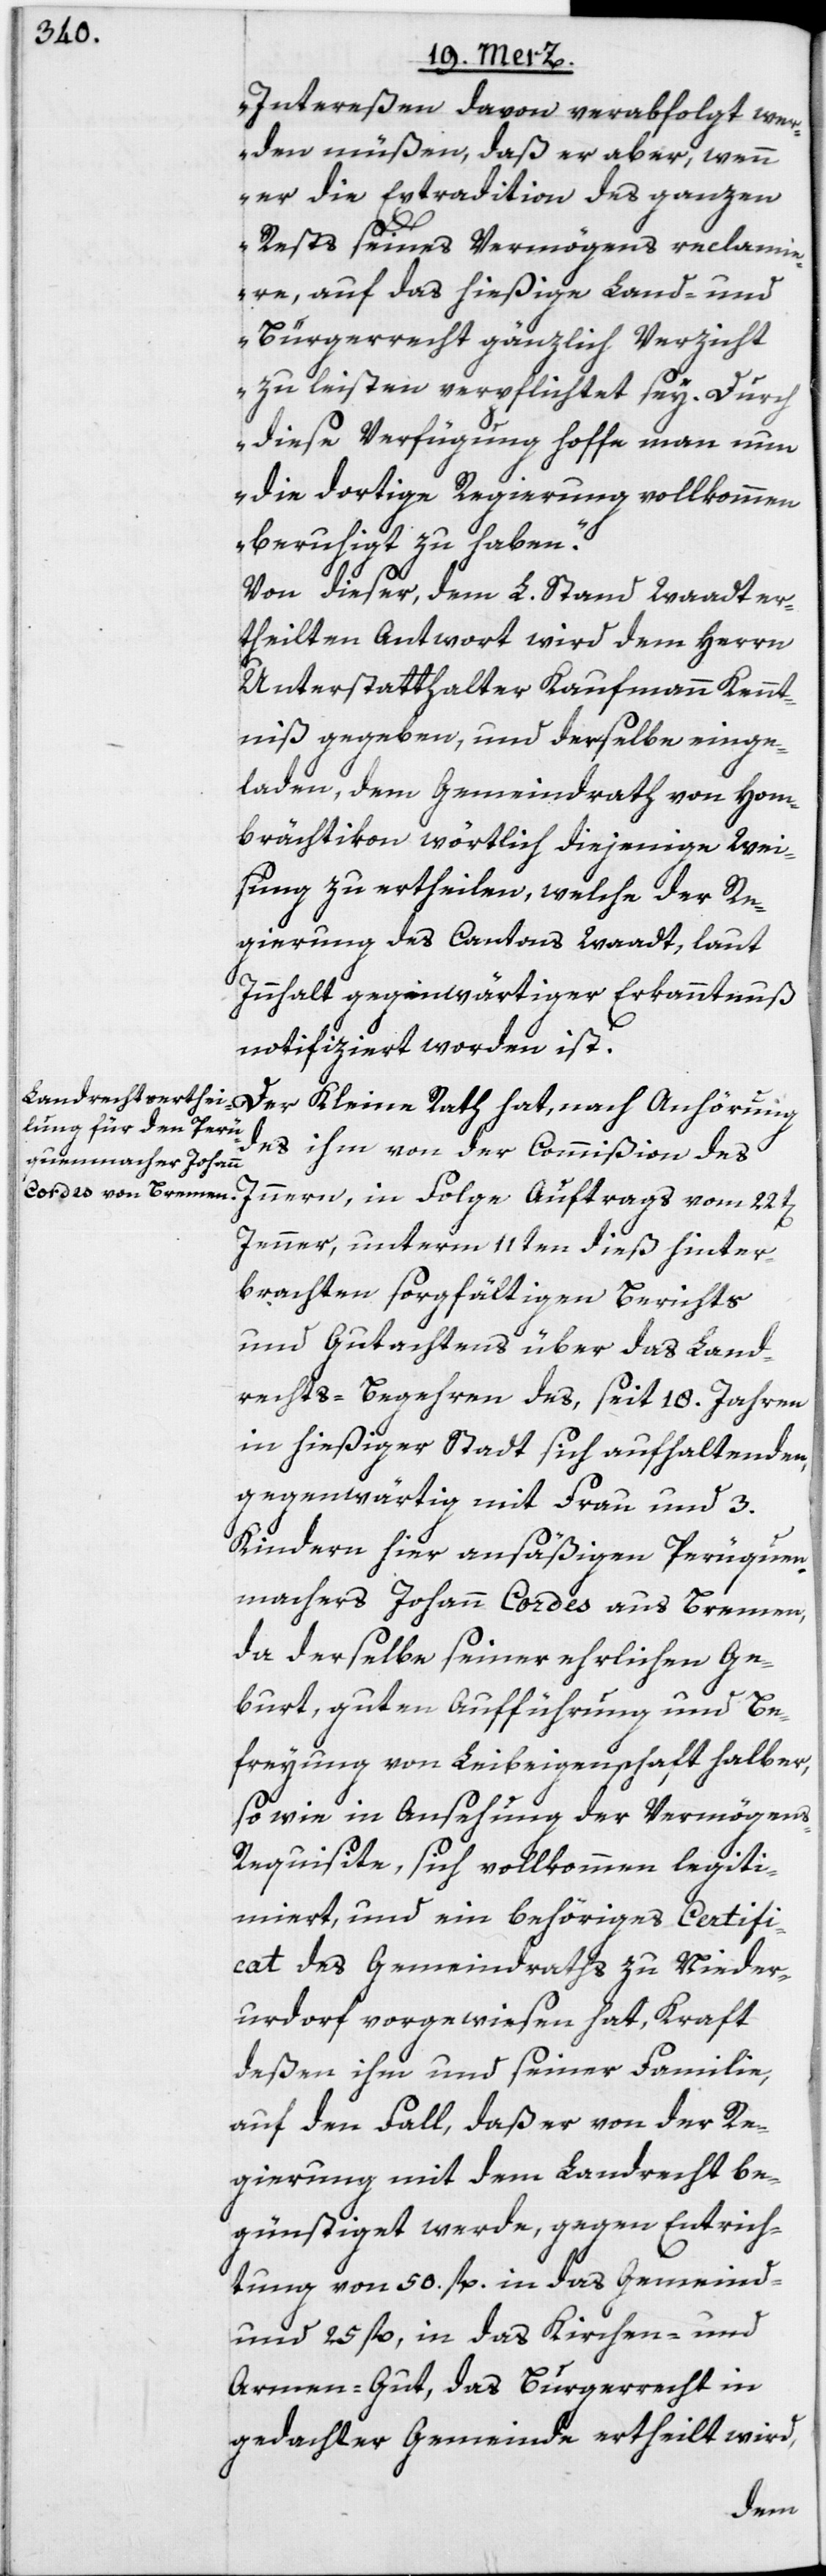
Intereßen davon verabfolgt wer¬
den müßen, daß er aber, wenn
er die Extradition des ganzen
Rests seines Vermögens reclamie¬
re, auf das hießige Land- und
Bürgerrecht gänzlich Verzicht
zu leisten verpflichtet sey. Durch
diese Verfügung hoffe man nun
die dortige Regierung vollkommen
beruhigt zu haben.“
Von dieser, dem L. Stand Waadt er¬
theilten Antwort wird dem Herrn
Unterstatthalter Kaufmann Kennt¬
niß gegeben, und derselbe einge¬
laden, dem Gemeindrath von Hom¬
brächtikon wörtlich diejenige Wei¬
sung zu ertheilen, welche der Re¬
gierung des Cantons Waadt, laut
Innhalt gegenwärtiger Erkanntnuß
notifiziert worden ist.
Der Kleine Rath hat, nach Anhörung
des ihm von der Commißion des
Innern, in Folge Auftrags vom 22t[en]
Jenner, unterm 11ten dieß hinter¬
brachten sorgfältigen Berichts
und Gutachtens über das Land¬
rechts-Begehren des, seit 18. Jahren
in hießiger Stadt sich aufhaltenden,
gegenwärtig mit Frau und 3.
Kindern hier ansäßigen Perüquen¬
machers Johann Cordes aus Bremen,
da derselbe seiner ehrlichen Ge¬
burt, guten Aufführung und Be¬
freyung von Leibeigenschaft halber,
so wie in Ansehung der Vermögen¬
s-Requisite, sich vollkommen legiti¬
miert, und ein behöriges Certifi¬
cat des Gemeindraths zu Nieder¬
urdorf vorgewiesen hat, Kraft
deßen ihm und seiner Familie,
auf den Fall, daß er von der Re¬
gierung mit dem Landrecht be¬
günstiget werde, gegen Entrich¬
tung von 50. fl. in das Gemeind-
und 25 fl, in das Kirchen- und
Armen-Gut, das Burgerrecht in
gedachter Gemeinde ertheilt wird,